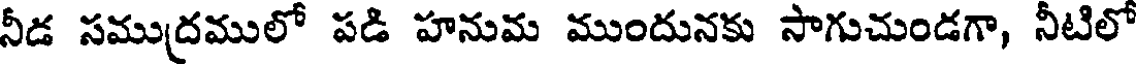
నీడ సముద్రములో పడి హనుమ ముందునకు సాగుచుండగా, నీటిలో